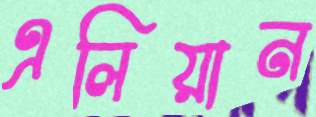
এলিয়ান